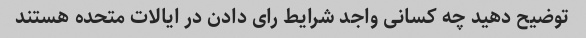
توضیح دهید چه کسانی واجد شرایط رای دادن در ایالات متحده هستند